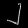
Digit: ၂